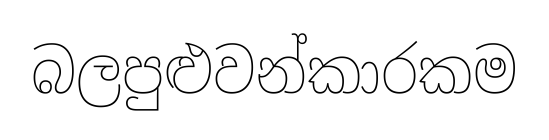
බලපුළුවන්කාරකම